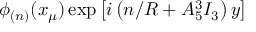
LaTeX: \phi _ { ( n ) } ( x _ { \mu } ) \exp \left[ i \left( n / R + A _ { 5 } ^ { 3 } I _ { 3 } \right) y \right]